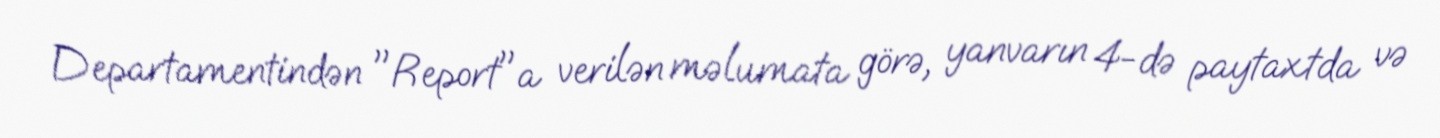
Departamentindən "Report"a verilən məlumata görə, yanvarın 4-də paytaxtda və